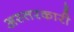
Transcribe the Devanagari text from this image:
अस्तरकारी